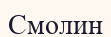
Смолин